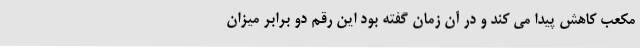
مکعب کاهش پیدا می کند و در آن زمان گفته بود این رقم دو برابر میزان